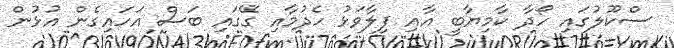
ސްކޫލުގައި ހޯދާ ކާމިޔާބީ އާއި ފިލާވަޅު ހެދުމާއި ގޭގައި ބަސް އަހައިގެން އުޅުން